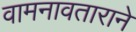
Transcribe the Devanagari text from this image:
वामनावताराने